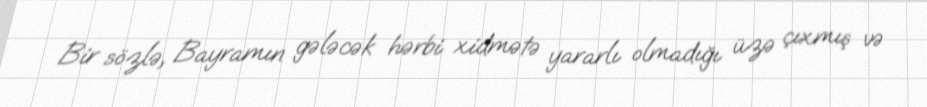
Bir sözlə, Bayramın gələcək hərbi xidmətə yararlı olmadığı üzə çıxmış və